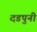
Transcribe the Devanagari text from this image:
दडपुनी